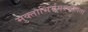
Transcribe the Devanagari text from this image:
मुक्ताभिर्भ्रमरकलिता